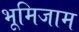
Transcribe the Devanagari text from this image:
भूमिजाम